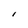
Character: I